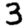
Digit: 3